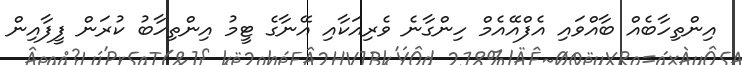
އިންތިހާބެއް ބާއްވައި އެފްއޭއެމް ހިންގާނެ ވެރިއަކާއި އޭނާގެ ޓީމު އިންތިހާބު ކުރަން ފީފާއިން